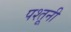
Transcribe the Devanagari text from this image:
पश्तूनी